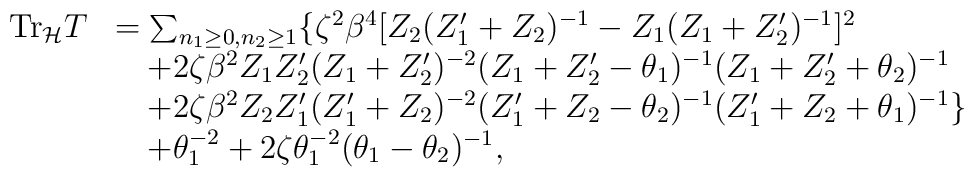
\begin{array}{rl}{\rm Tr}_{\cal H}T&=\sum_{n_1\geq 0,n_2\geq 1}\{\zeta^2\beta^4[Z_2(Z_1'+Z_2)^{-1}-Z_1(Z_1+Z_2')^{-1}]^2\\&\quad+2\zeta\beta^2 Z_1 Z_2'(Z_1+Z_2')^{-2}(Z_1+Z_2'-\theta_1)^{-1}(Z_1+Z_2'+\theta_2)^{-1}\\&\quad+2\zeta\beta^2 Z_2 Z_1'(Z_1'+Z_2)^{-2}(Z_1'+Z_2-\theta_2)^{-1}(Z_1'+Z_2+\theta_1)^{-1}\}\\&\quad+\theta_1^{-2}+2\zeta\theta_1^{-2}(\theta_1- \theta_2)^{-1},\end{array}